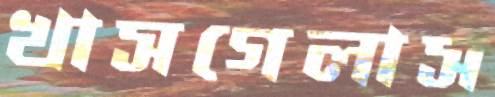
খাসগেলাস